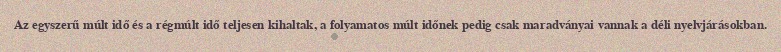
Az egyszerű múlt idő és a régmúlt idő teljesen kihaltak, a folyamatos múlt időnek pedig csak maradványai vannak a déli nyelvjárásokban.